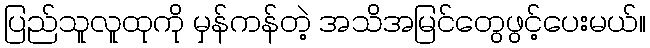
ပြည်သူလူထုကို မှန်ကန်တဲ့ အသိအမြင်တွေဖွင့်ပေးမယ်။